Report on the lunatic asylums under the Government of Bombay - 1904-1913
Year: 1904
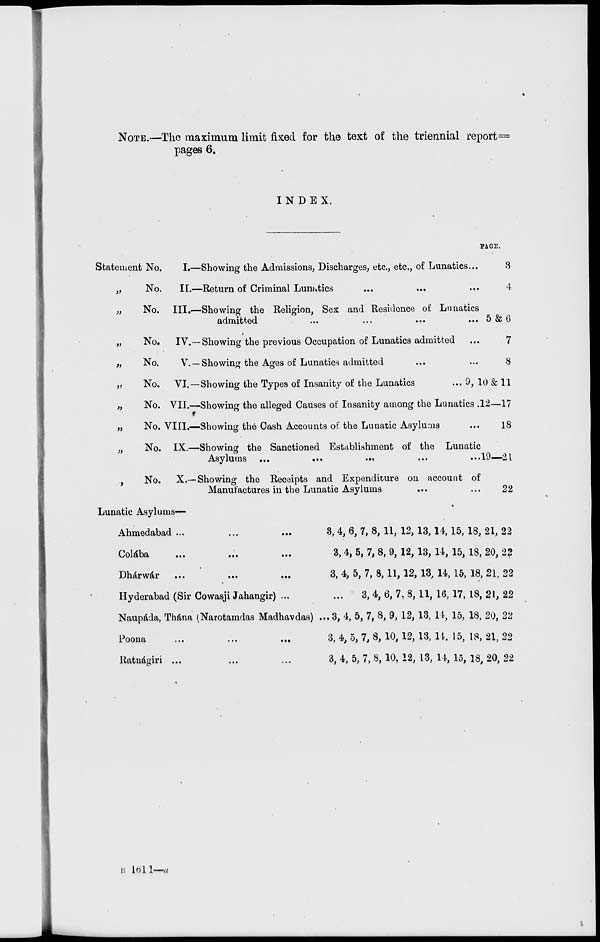
NOTE.—The maximum limit fixed for the text of the triennial report=
pages 6.
INDEX.
Statement No.
I.—
„ No. II.—
„ No. III.—
„ No. IV.—
„ No.
V.—
„ No. VI.—
„ No. VII.—
„ No. VIII.—
„ No. IX.—
„ No.
X.—
Showing the Admissions, Discharges, etc., etc., of Lunatics ...
Return of Criminal Lunatics ... ... ...
Showing the Religion, Sex and Residence of Lunatics
admitted ... ... ... ...
Showing the previous Occupation of Lunatics admitted ...
Showing the Ages of Lunatics admitted ... ...
Showing the Types of Insanity of the Lunatics ...
Showing the alleged Causes of Insanity among the Lunatics .
Showing the Cash Accounts of the Lunatic Asylums ...
Showing the Sanctioned Establishment of the Lunatic
Asylums
...
...
...
...
Showing the Receipts and Expenditure on account of
Manufactures in the Lunatic Asylums ... ...
PAGE.
3
4
5 & 6
7
8
9, 10 & 11
12—17
18
19—21
22
Lunatic Asylums—
Ahmedabad ... ... ...
Colába
...
...
...
Dhárwár ... ... ...
Hyderabad (Sir Cowasji Jahangir) ...
Naupáda, Thána (Narotamdas Madhavdas) ...
Poona ... ... ...
Ratnágiri ... ... ...
3, 4, 6, 7, 8, 11, 12, 13, 14, 15, 18, 21, 22
3, 4, 5, 7, 8, 9, 12, 13, 14, 15, 18, 20, 22
3, 4, 5, 7, 8, 11, 12, 13, 14, 15, 18, 21, 22
3, 4, 6, 7, 8, 11, 16, 17, 18, 21, 22
3, 4, 5, 7, 8, 9, 12, 13, 14, 15, 18, 20, 22
3, 4, 5, 7, 8, 10, 12, 13, 14, 15, 18, 21, 22
3, 4, 5, 7, 8, 10, 12, 13, 14, 15, 18, 20, 22
B 1611—a